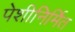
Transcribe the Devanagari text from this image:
पेशीनिर्मित